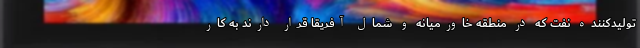
تولیدکننده نفت که در منطقه خاورمیانه و شمال آفریقا قرار دارند به کار